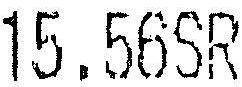
15.56SR